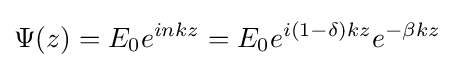
\Psi (z)=E_{0}e^{inkz}=E_{0}e^{i(1-\delta )kz}e^{-\beta kz}